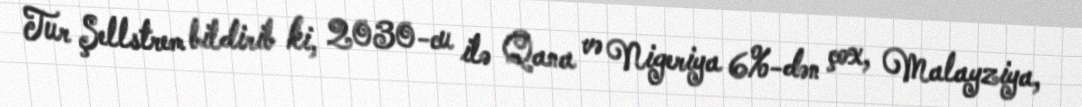
Tur Şellstrem bildirib ki, 2030-cu ilə Qana və Nigeriya 6%-dən çox, Malayziya,